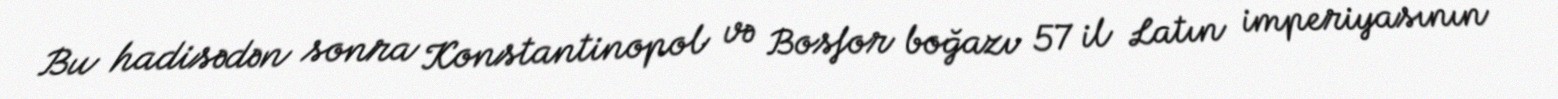
Bu hadisədən sonra Konstantinopol və Bosfor boğazı 57 il Latın imperiyasının